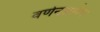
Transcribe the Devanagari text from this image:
वर्णनप्रसंग